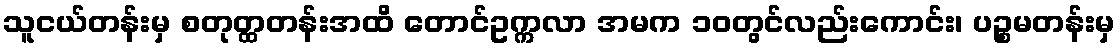
သူငယ်တန်းမှ စတုတ္ထတန်းအထိ တောင်ဥက္ကလာ အမက ၁၀တွင်လည်းကောင်း၊ ပဉ္စမတန်းမှ